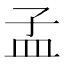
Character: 孟